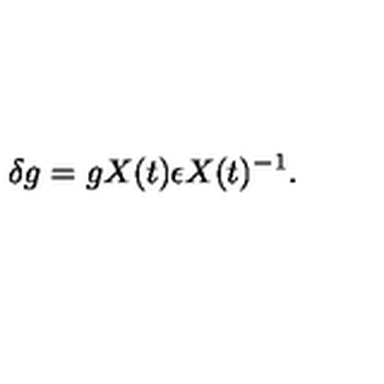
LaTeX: \delta g = g X ( t ) \epsilon X ( t ) ^ { - 1 } .